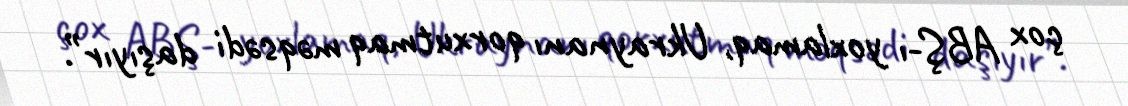
çox ABŞ-ı yoxlamaq, Ukraynanı qorxutmaq məqsədi daşıyır”.